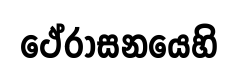
ථේරාසනයෙහි